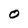
Character: O